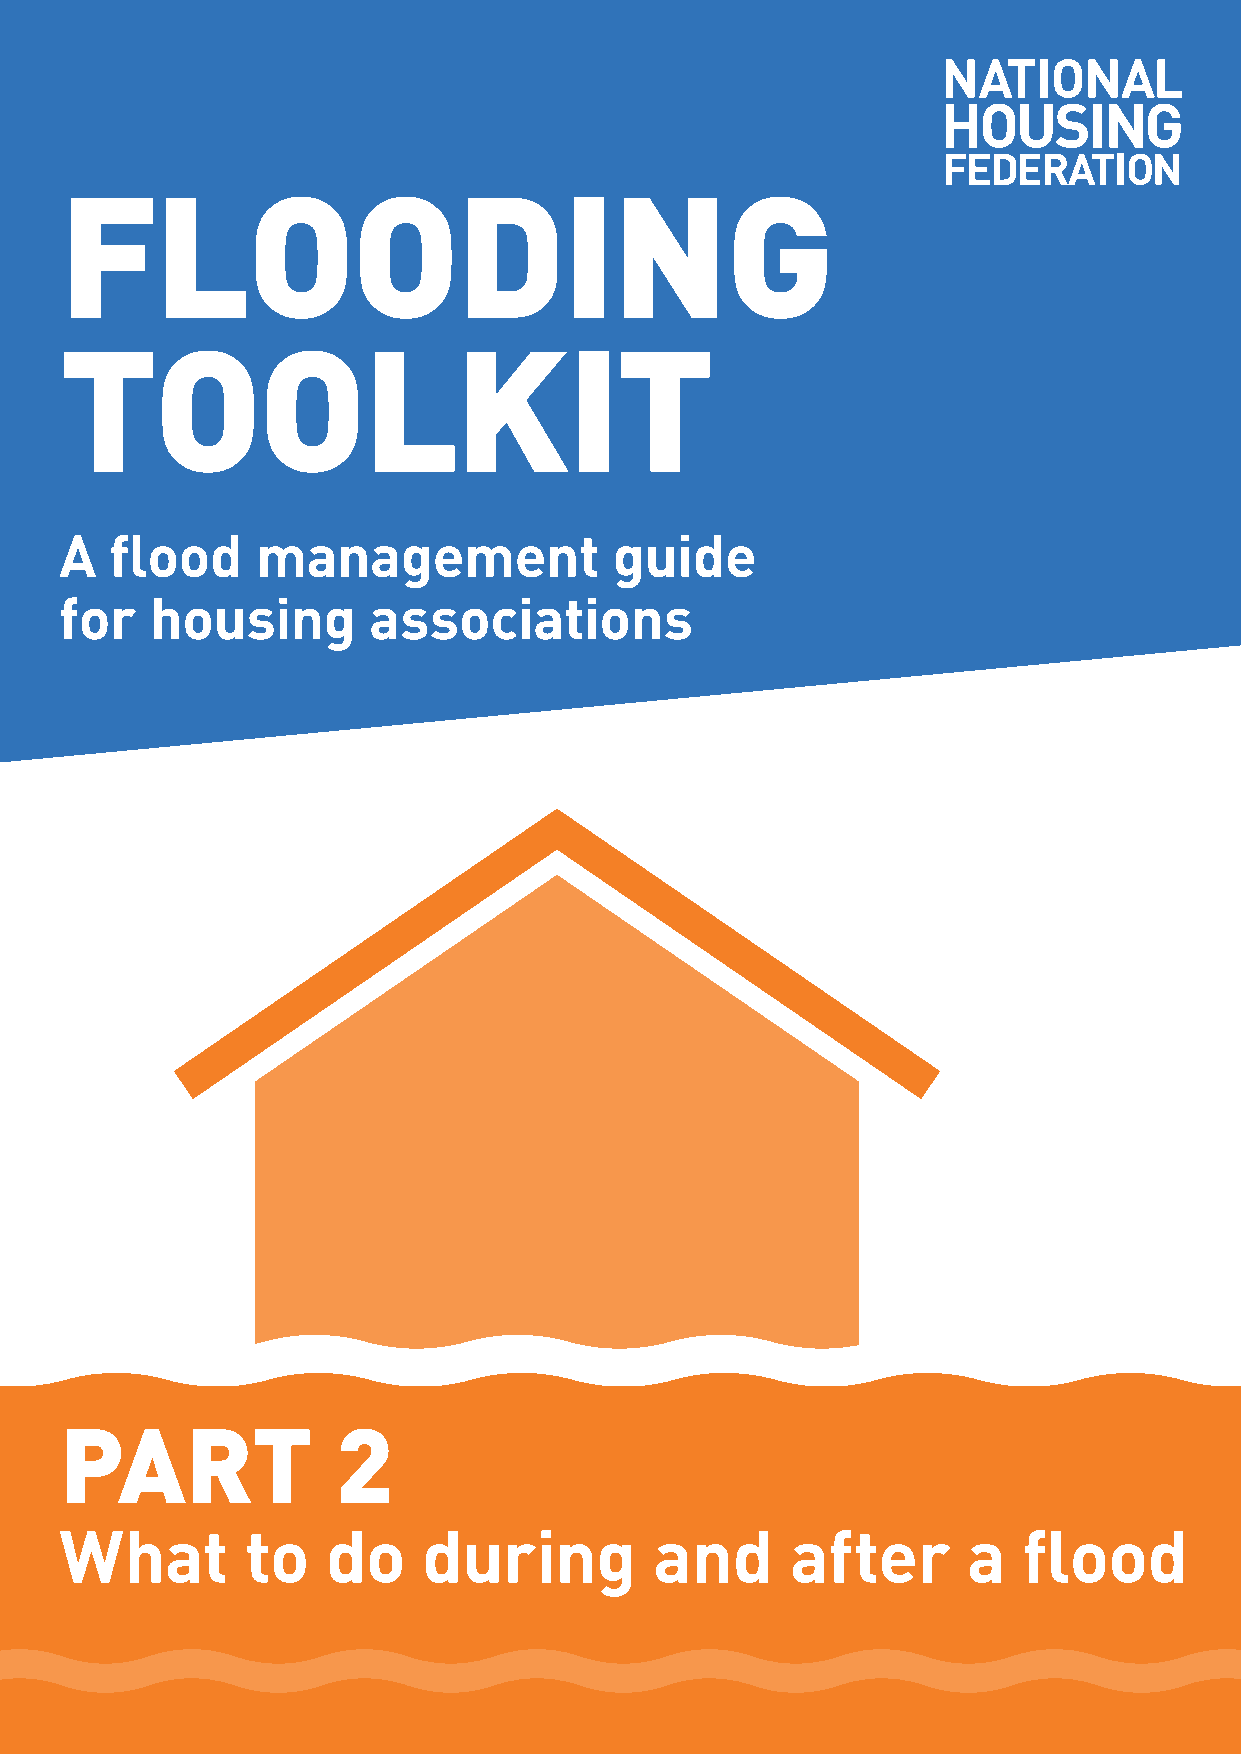
Flood toolkit | Part two                                      Introduction
 FLOODING
 TOOLKIT
 A  flood     management              guide
 for   housing       associations
 PART              2
 What        to    do    during         and      after       a   flood
 1